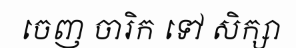
ចេញ ចារិក ទៅ សិក្សា